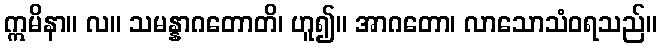
ဣမိနာ။ လ။ သမန္နာဂတောတိ၊ ဟူ၍။ အာဂတော၊ လာသောသံဝရသည်။